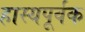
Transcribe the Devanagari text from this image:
हास्यपूर्वक